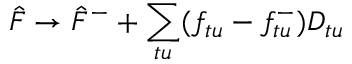
\hat { F } \rightarrow \hat { F } ^ { - } + \sum _ { t u } ( f _ { t u } - f _ { t u } ^ { - } ) D _ { t u }